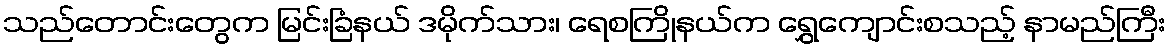
သည်တောင်းတွေက မြင်းခြံနယ် ဒမိုက်သား၊ ရေစကြိုနယ်က ရွှေကျောင်းစသည့် နာမည်ကြီး